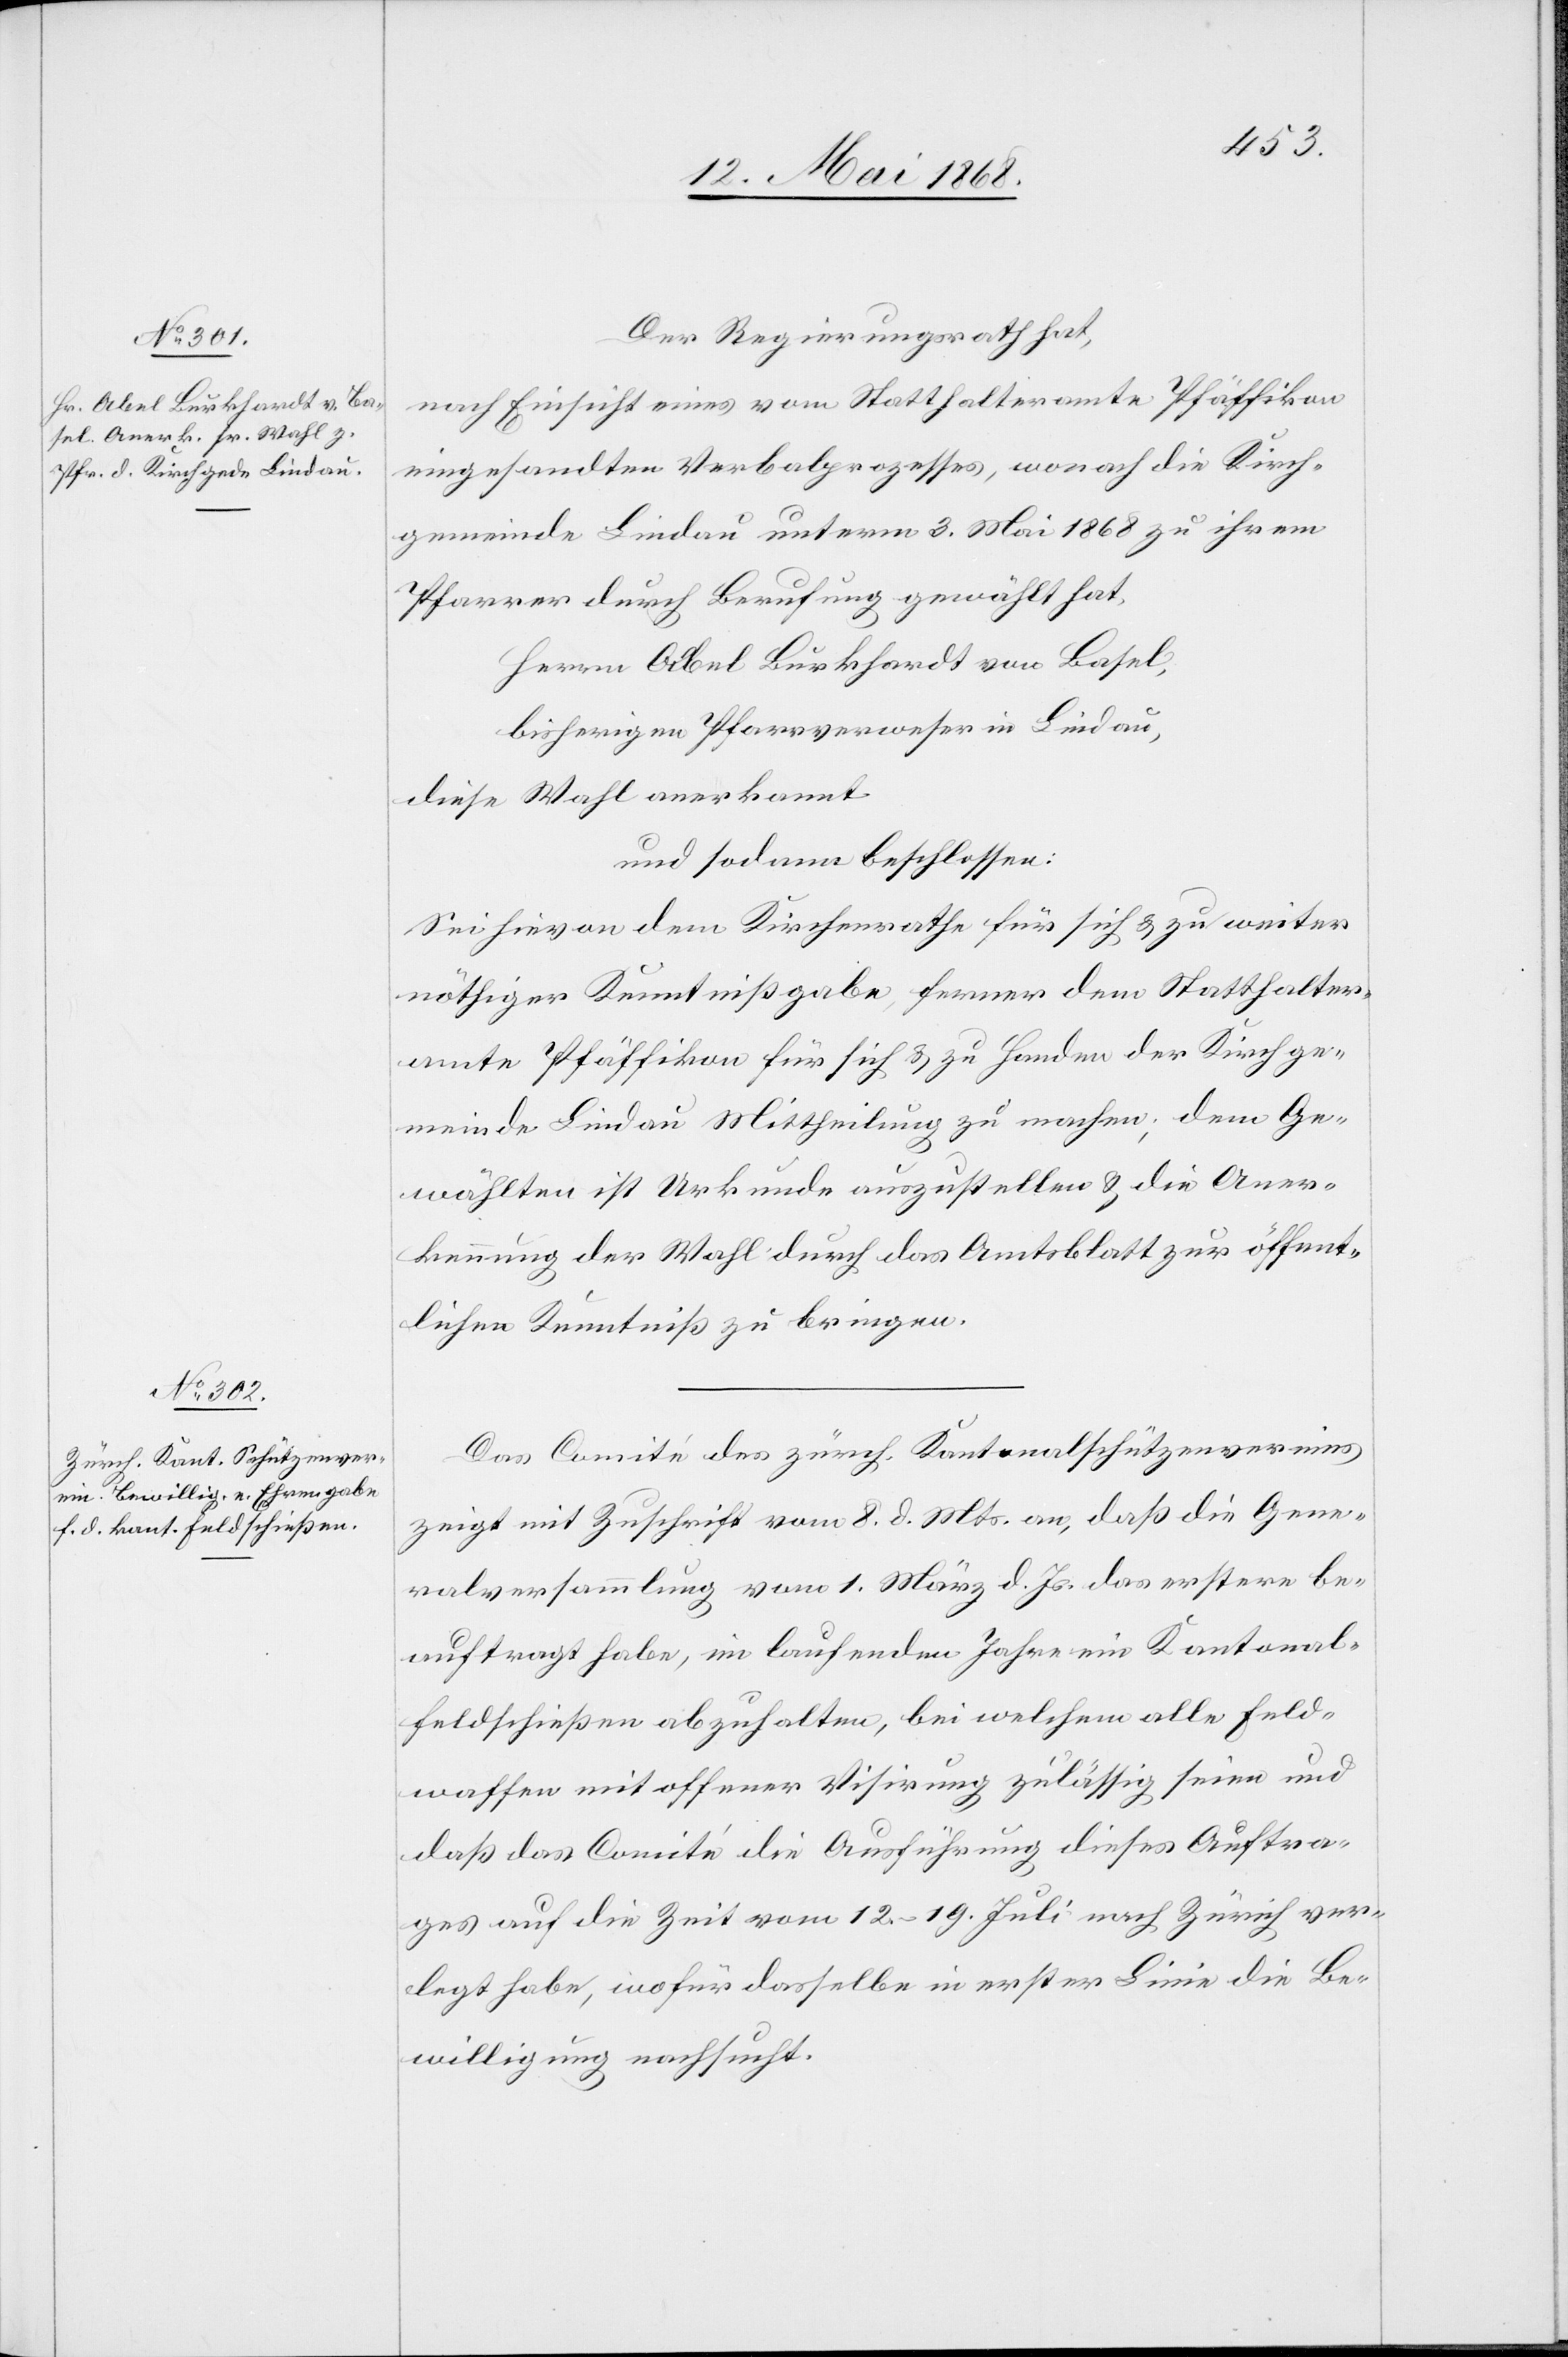
Der Regierungsrath hat,
nach Einsicht eines vom Statthalteramte Pfäffikon
eingesandten Verbalprozesses, wonach die Kirch¬
gemeinde Lindau unterm 3. Mai 1868 zu ihrem
Pfarrer durch Berufung gewählt hat,
Herrn Abel Burkhardt von Basel,
bisherigen Pfarrverweser in Lindau,
diese Wahl anerkannt.
und sodann beschlossen:
Sei hievon dem Kirchenrathe für sich & zu weiter
nöthiger Kenntnißgabe, ferner dem Statthalter¬
amte Pfäffikon für sich & zu Handen der Kirchge¬
meinde Lindau Mittheilung zu machen; dem Ge¬
wählten ist Urkunde auszustellen & die Aner¬
kennung der Wahl durch das Amtsblatt zur öffent¬
lichen Kenntniß zu bringen.
Das Comité des zürch. Kantonalschützenvereins
zeigt mit Zuschrift vom 8. d. Mts. an, daß die Gene¬
ralversammlung vom 1. März d. Js. das erstere be¬
auftragt habe, im laufenden Jahre ein Kantonal¬
feldschießen abzuhalten, bei welchem alle Feld¬
waffen mit offener Visirung zulässig seien und
daß das Comité die Ausführung dieses Auftra¬
ges auf die Zeit vom 12.–19. Juli nach Zürich ver¬
legt habe, wofür dasselbe in erster Linie die Be¬
willigung nachsucht.